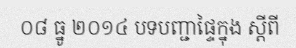
០៨ ធ្នូ ២០១៤ បទបញ្ជាផ្ទៃក្នុង ស្តីពី